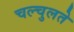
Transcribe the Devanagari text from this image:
चल्चुलते